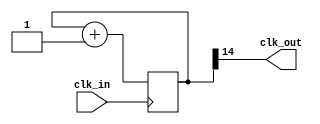
`timescale 1ns / 1ps
//////////////////////////////////////////////////////////////////////////////////
// Company:
// Engineer:
//
// Create Date:
// Design Name:
// Module Name:    div_frec
// Project Name:
// Target Devices:
// Tool versions:
// Description:
//
// Dependencies:
//
// Revision:
// Revision 0.01 - File Created
// Additional Comments:
//
////////////////////////////////////////////////////////////////////////////////
module div_frec(
	input wire clk_in,
	output wire clk_out
	);

	// Valor por defecto del divisor
	parameter M = 100_000_000;
	// log2(M)
	localparam N = 15;

	// Registro para implementar el contador modulo M
	reg [N-1:0] divcounter = 0;

	// Contador mdulo M
	always @(posedge clk_in)
		if (divcounter == M - 1)
			divcounter <= 0;
		else
			divcounter <= divcounter + 1;

	// Sacar el bit mas significativo por clk_out
	assign clk_out = divcounter[N-1];

endmodule